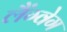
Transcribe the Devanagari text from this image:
लैंग्वेग